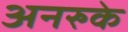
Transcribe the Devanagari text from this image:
अनरुके